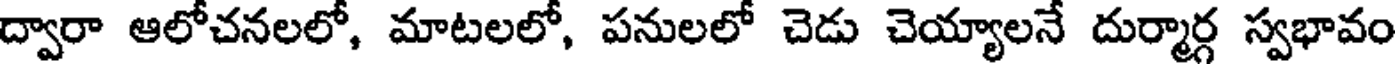
ద్వారా ఆలోచనలలో, మాటలలో, పనులలో చెడు చెయ్యాలనే దుర్మార్గ స్వభావం